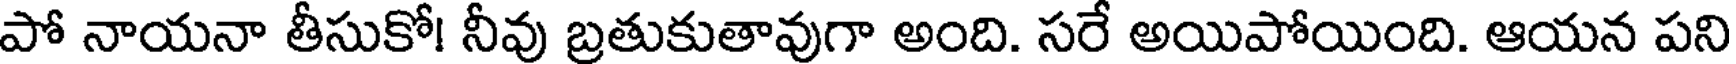
పో నాయనా తీసుకో! నీవు బ్రతుకుతావుగా అంది. సరే అయిపోయింది. ఆయన పని